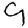
Digit: 9